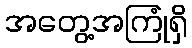
အတွေ့အကြုံရှိ